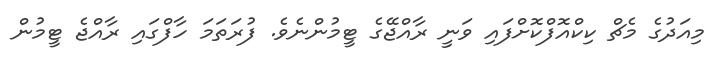
މިއަދުގެ މެޗް ކިކްއޮފްކޮށްފައި ވަނީ ރާއްޖޭގެ ޓީމުންނެވެ. ފުރަތަމަ ހާފްގައި ރާއްޖެ ޓީމުން